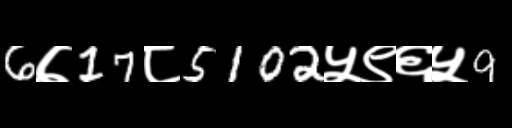
Text: 6७17८5102५९६५9